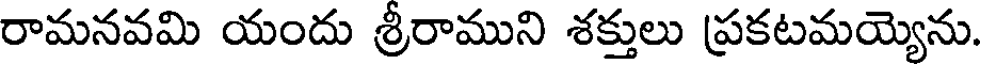
రామనవమి యందు శ్రీరాముని శక్తులు ప్రకటమయ్యెను.